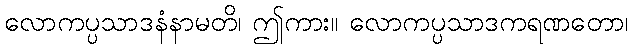
လောကပ္ပသာဒနံနာမတိ၊ ဤကား။ လောကပ္ပသာဒကရဏတော၊